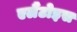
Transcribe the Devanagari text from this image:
एलैंटोइस